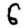
Digit: 6